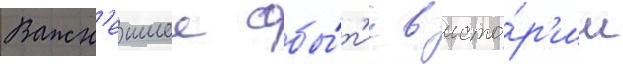
Важн'еишее собы́т'ие в исто́р'ии